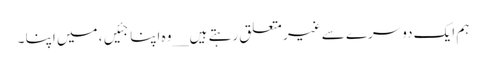
ہم ایک دوسرے سے غیر متعلق رہتے ہیں __وہ اپنا جئیں، میں اپنا ۔